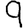
Digit: 9